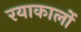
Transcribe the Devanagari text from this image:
रयाकार्लो